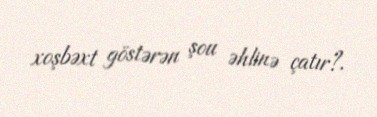
xoşbəxt göstərən şou əhlinə çatır?.